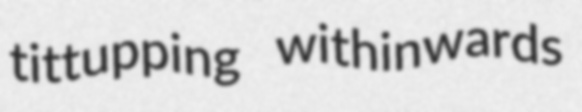
tittupping withinwards